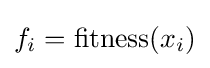
f_{i}=\operatorname {fitness} (x_{i})